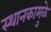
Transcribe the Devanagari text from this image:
स्थानकामुळे